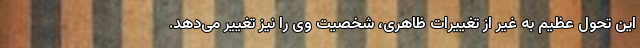
این تحول عظیم به غیر از تغییرات ظاهری، شخصیت وی را نیز تغییر می‌دهد.